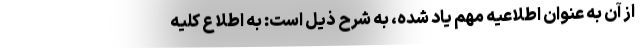
از آن به عنوان اطلاعیه مهم یاد شده، به شرح ذیل است: به اطلاع کلیه